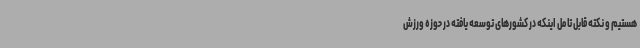
هستیم و نکته قابل تامل اینکه در کشورهای توسعه یافته در حوزه ورزش